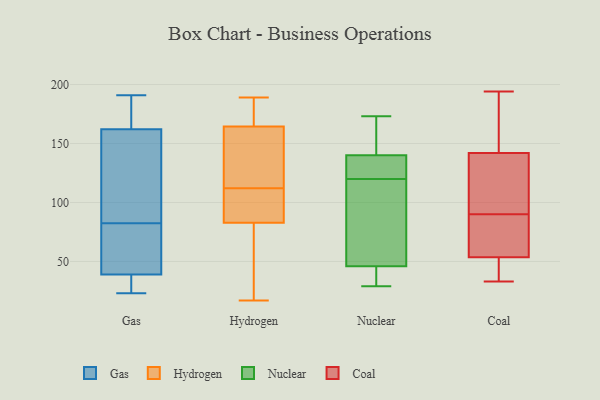
{"axis": {"x": "Backlog", "y": "Value"}, "legend": ["Coal", "Gas", "Hydrogen", "Nuclear"], "data": [{"x": "", "y": 75, "type": "Gas"}, {"x": "", "y": 135, "type": "Gas"}, {"x": "", "y": 42, "type": "Gas"}, {"x": "", "y": 23, "type": "Gas"}, {"x": "", "y": 102, "type": "Gas"}, {"x": "", "y": 28, "type": "Gas"}, {"x": "", "y": 76, "type": "Gas"}, {"x": "", "y": 39, "type": "Gas"}, {"x": "", "y": 190, "type": "Gas"}, {"x": "", "y": 36, "type": "Gas"}, {"x": "", "y": 89, "type": "Gas"}, {"x": "", "y": 191, "type": "Gas"}, {"x": "", "y": 188, "type": "Gas"}, {"x": "", "y": 162, "type": "Gas"}, {"x": "", "y": 170, "type": "Hydrogen"}, {"x": "", "y": 51, "type": "Hydrogen"}, {"x": "", "y": 132, "type": "Hydrogen"}, {"x": "", "y": 112, "type": "Hydrogen"}, {"x": "", "y": 79, "type": "Hydrogen"}, {"x": "", "y": 175, "type": "Hydrogen"}, {"x": "", "y": 17, "type": "Hydrogen"}, {"x": "", "y": 148, "type": "Hydrogen"}, {"x": "", "y": 97, "type": "Hydrogen"}, {"x": "", "y": 94, "type": "Hydrogen"}, {"x": "", "y": 189, "type": "Hydrogen"}, {"x": "", "y": 173, "type": "Nuclear"}, {"x": "", "y": 82, "type": "Nuclear"}, {"x": "", "y": 150, "type": "Nuclear"}, {"x": "", "y": 64, "type": "Nuclear"}, {"x": "", "y": 140, "type": "Nuclear"}, {"x": "", "y": 126, "type": "Nuclear"}, {"x": "", "y": 121, "type": "Nuclear"}, {"x": "", "y": 119, "type": "Nuclear"}, {"x": "", "y": 29, "type": "Nuclear"}, {"x": "", "y": 45, "type": "Nuclear"}, {"x": "", "y": 158, "type": "Nuclear"}, {"x": "", "y": 42, "type": "Nuclear"}, {"x": "", "y": 121, "type": "Nuclear"}, {"x": "", "y": 46, "type": "Nuclear"}, {"x": "", "y": 163, "type": "Coal"}, {"x": "", "y": 132, "type": "Coal"}, {"x": "", "y": 54, "type": "Coal"}, {"x": "", "y": 90, "type": "Coal"}, {"x": "", "y": 90, "type": "Coal"}, {"x": "", "y": 91, "type": "Coal"}, {"x": "", "y": 151, "type": "Coal"}, {"x": "", "y": 33, "type": "Coal"}, {"x": "", "y": 44, "type": "Coal"}, {"x": "", "y": 155, "type": "Coal"}, {"x": "", "y": 138, "type": "Coal"}, {"x": "", "y": 70, "type": "Coal"}, {"x": "", "y": 194, "type": "Coal"}, {"x": "", "y": 139, "type": "Coal"}, {"x": "", "y": 43, "type": "Coal"}, {"x": "", "y": 52, "type": "Coal"}, {"x": "", "y": 69, "type": "Coal"}]}